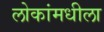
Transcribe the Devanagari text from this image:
लोकांमधीला